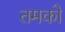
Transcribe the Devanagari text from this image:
तमको